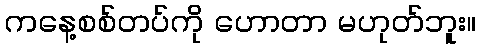
ကနေ့စစ်တပ်ကို ဟောတာ မဟုတ်ဘူး။